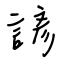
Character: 諺